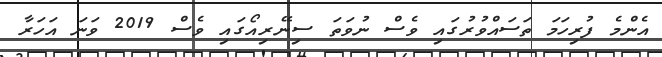
އެންމެ ފުރިހަމަ ތަސައްވުރުގައި ވެސް ނުވަތަ ސިނޭރިއޯގައި ވެސް 2019 ވަނަ އަހަރާ